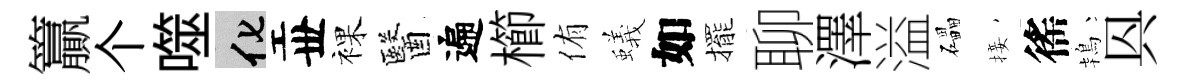
籯个噬化丗裸醫遍櫛侑蟻如擺聊澤溢礧接徭鴇㒷